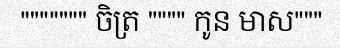
""""""" ចិត្រ """" កូន មាស"""